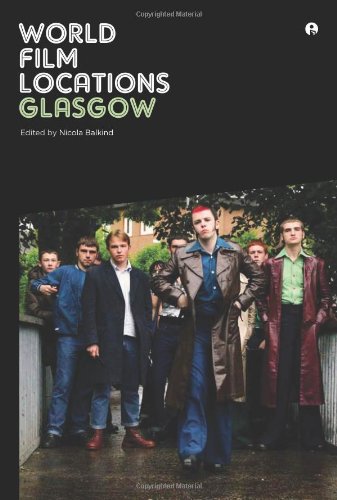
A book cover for World Film Locations: Glasgow (Intellect Books - World Film Locations); Arts & Photography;